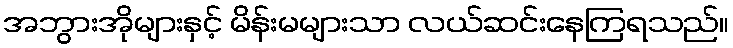
အဘွားအိုများနှင့် မိန်းမများသာ လယ်ဆင်းနေကြရသည်။